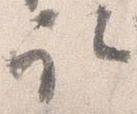
取